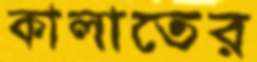
কালাতের